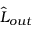
\hat { L } _ { o u t }